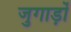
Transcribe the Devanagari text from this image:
जुगाड़ों